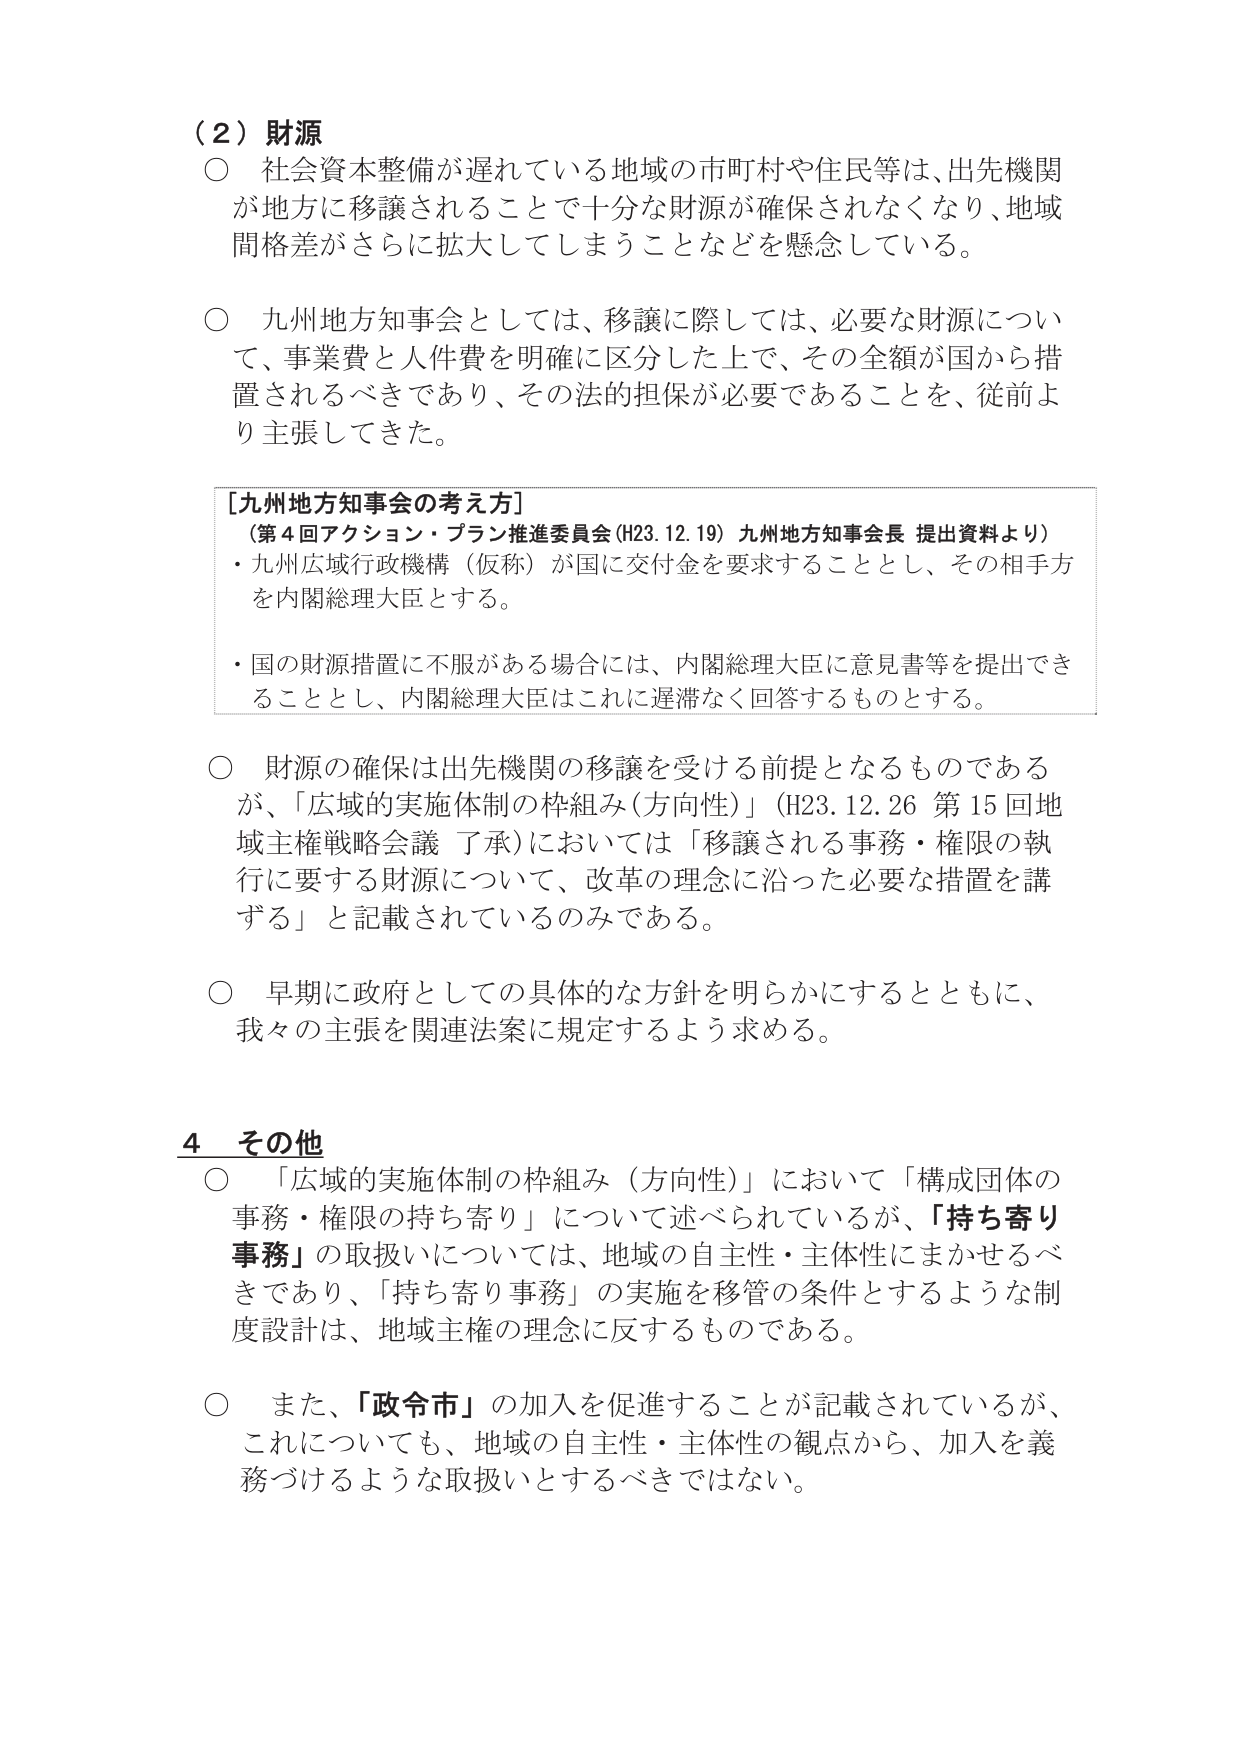
（２）財源
○ 社会資本整備が遅れている地域の市町村や住民等は、出先機関が地方に移譲されることで十分な財源が確保されなくなり、地域間格差がさらに拡大してしまうことなどを懸念している。

○ 九州地方知事会としては、移譲に際しては、必要な財源について、事業費と人件費を明確に区分した上で、その全額が国から措置されるべきであり、その法的担保が必要であることを、従前より主張してきた。

[九州地方知事会の考え方]
（第４回アクション・プラン推進委員会（H23.12.19）九州地方知事会長 提出資料より）
・九州広域行政機構（仮称）が国に交付金を要求することとし、その相手方を内閣総理大臣とする。
・国の財源措置に不服がある場合には、内閣総理大臣に意見書等を提出できることとし、内閣総理大臣はこれに遅滞なく回答するものとする。

○ 財源の確保は出先機関の移譲を受ける前提となるものであるが、「広域的実施体制の枠組み（方向性）」（H23.12.26 第15回地域主権戦略会議 了承）においては「移譲される事務・権限の執行に要する財源について、改革の理念に沿った必要な措置を講ずる」と記載されているのみである。

○ 早期に政府としての具体的な方針を明らかにするとともに、我々の主張を関連法案に規定するよう求める。

４ その他
○ 「広域的実施体制の枠組み（方向性）」において「構成団体の事務・権限の持ち寄り」について述べられているが、「持ち寄り事務」の取扱いについては、地域の自主性・主体性にまかせるべきであり、「持ち寄り事務」の実施を移管の条件とするような制度設計は、地域主権の理念に反するものである。

○ また、「政令市」の加入を促進することが記載されているが、これについても、地域の自主性・主体性の観点から、加入を義務づけるような取扱いとするべきではない。